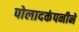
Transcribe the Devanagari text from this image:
पोलादकंपनीने